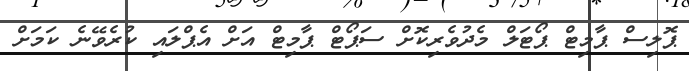
ޕޮލިސް ޕާމިޓް ޕޯޓަލް މެދުވެރިކޮށް ސަޕޯޓް ޕާމިޓް އަށް އެޕްލައި ކުރެވޭނެ ކަމަށް